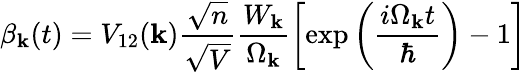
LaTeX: \beta_{\mathbf{k}}(t)=V_{12}(\mathbf{k})\frac{\sqrt{n}}{\sqrt{V}}\frac{W_{\mathbf{k}}}{\Omega_{\mathbf{k}}}\left[\exp\left(\frac{i\Omega_{\mathbf{k}}t}{\hbar}\right)-1\right]